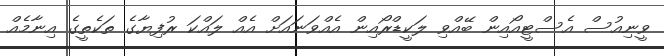
ވީނިއުސް އެސްޓީއޯއިން ބޭއްވި ލަކީޑްރޯއިން އެއްވަނައަށް އެއް ލައްކަ ރުފިޔާގެ ތަކެތީގެ އިނާމެއް